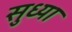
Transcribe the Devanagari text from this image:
सुध्या